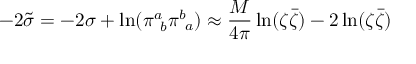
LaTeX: - 2 \tilde { \sigma } = - 2 \sigma + \ln ( \pi _ { ~ b } ^ { a } \pi _ { ~ a } ^ { b } ) \approx \frac { M } { 4 \pi } \ln ( \zeta \bar { \zeta } ) - 2 \ln ( \zeta \bar { \zeta } )